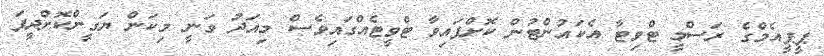
ޕީޕީއެމްގެ ރަސްމީ ޓްވިޓާ އެކައުންޓުން ކޮށްފަައިވާ ޓްވީޓެއްގައިވެސް މިއަދު ވަނީ މިކަން ޔަގީންކޮށްދީފަ